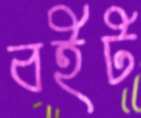
বইট